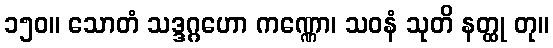
၁၅၀။ သောတံ သဒ္ဒဂ္ဂဟော ကဏ္ဏော၊ သဝနံ သုတိ နတ္ထု တု။